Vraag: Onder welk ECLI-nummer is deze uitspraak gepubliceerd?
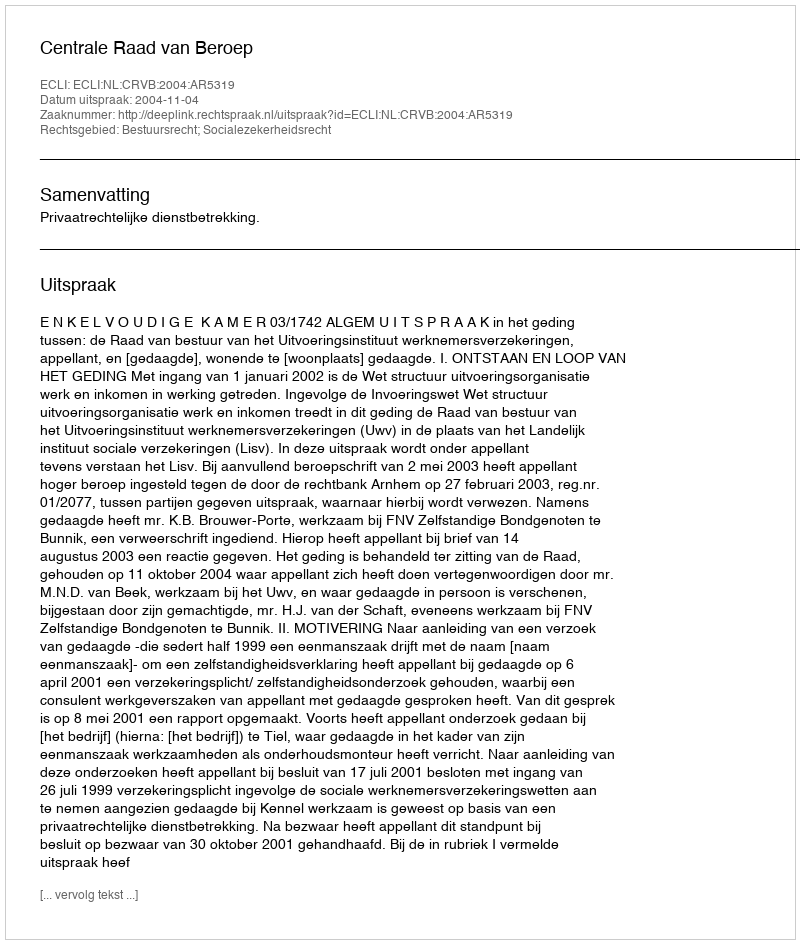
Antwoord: ECLI:NL:CRVB:2004:AR5319